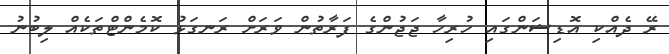
ރޭ ދެއްކި އޮޑިޝަންގައި ހުރިހާ ޖަޖުންގެ ފަރާތުން ވަރަށް ރަނގަޅު ކޮމެންޓްތަކެއް ލިބުނު